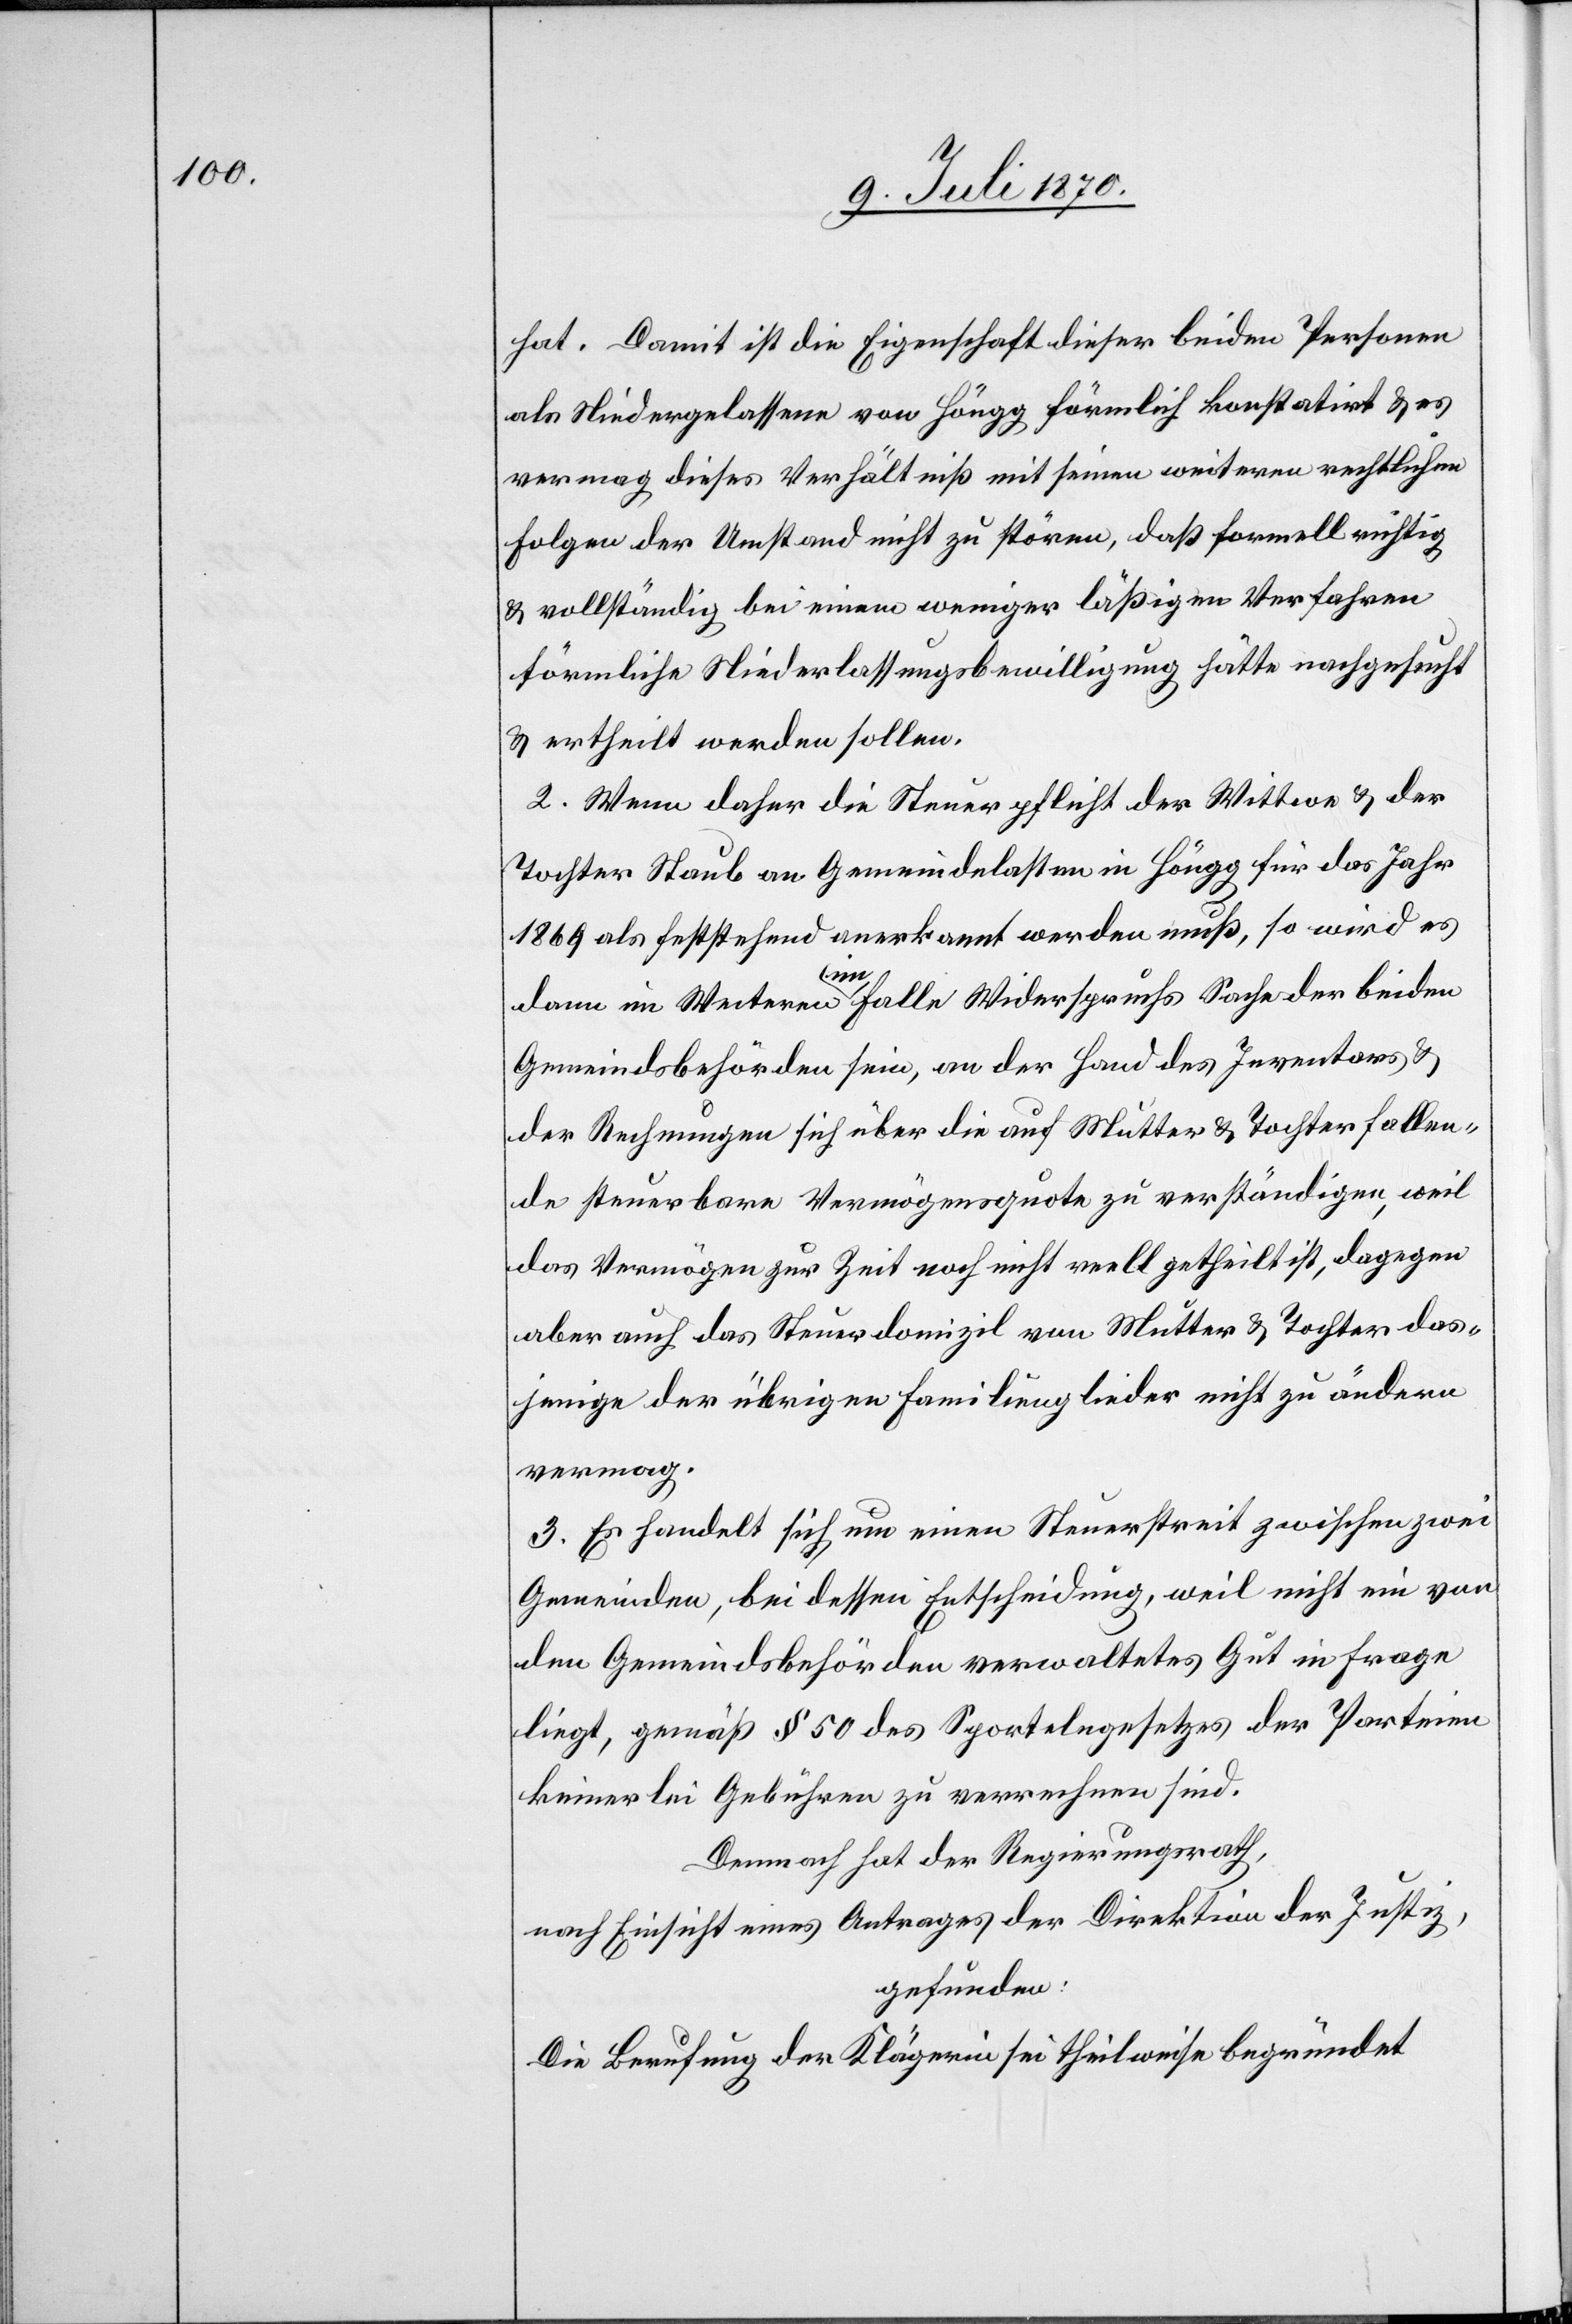
hat. Damit ist die Eigenschaft dieser beiden Personen
als Niedergelassene von Höngg förmlich konstatirt & es
vermag dieses Verhältniß mit seinen weiteren rechtlichen
Folgen der Umstand nicht zu stören, daß formell richtig
& vollständig bei einem weniger läßigen Verfahren
förmliche Niederlassungsbewilligung hätte nachgesucht
& ertheilt werden sollen.
2. Wenn daher die Steuerpflicht der Wittwe & der
Tochter Staub an Gemeindelasten in Höngg für das Jahr
1869 als feststehend anerkannt werden muß, so wird es
dann im Weiteren im Falle Widerspruchs Sache der beiden
Gemeindsbehörden sein, an der Hand des Inventars &
der Rechnungen sich über die auf Mutter & Tochter fallen¬
de steuerbare Vermögensquote zu verständigen, weil
das Vermögen zur Zeit noch nicht reell getheilt, dagegen
aber auch das Steuerdomizil von Mutter & Tochter das¬
jenige der übrigen Familienglieder nicht zu ändern
vermag.
3. Es handelt sich um einen Steuerstreit zwischen zwei
Gemeinden, bei dessen Entscheidung, weil nicht ein von
den Gemeindsbehörden verwaltetes Gut in Frage
liegt, gemäß § 50 des Sportelngesetzes der [sic!] Parteien
keinerlei Gebühren zu verrechnen sind.
Demnach hat der Regierungsrath,
nach Einsicht eines Antrages der Direktion der Justiz,
gefunden:
Die Berufung der Klägerin sei theilweise begründet